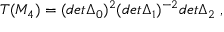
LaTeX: T ( M _ { 4 } ) = ( d e t \Delta _ { 0 } ) ^ { 2 } ( d e t \Delta _ { 1 } ) ^ { - 2 } d e t \Delta _ { 2 } \; ,